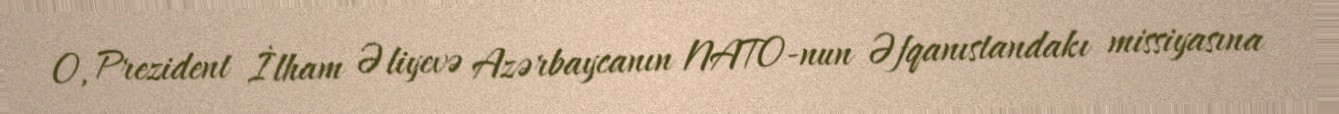
O, Prezident İlham Əliyevə Azərbaycanın NATO-nun Əfqanıstandakı missiyasına